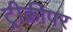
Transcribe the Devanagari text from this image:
ट्रीक्रीपर